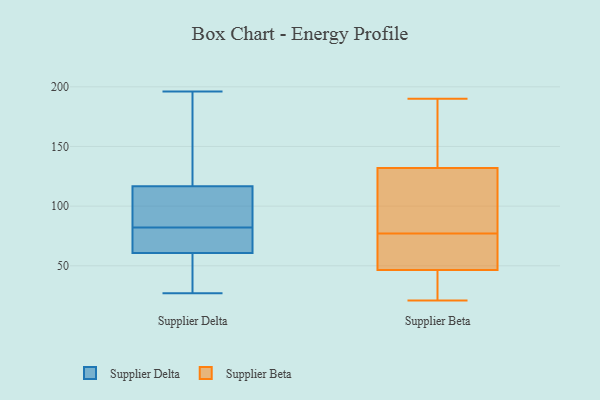
{"axis": {"x": "Active Users", "y": "Value"}, "legend": ["Supplier Beta", "Supplier Delta"], "data": [{"x": "", "y": 76, "type": "Supplier Delta"}, {"x": "", "y": 35, "type": "Supplier Delta"}, {"x": "", "y": 175, "type": "Supplier Delta"}, {"x": "", "y": 27, "type": "Supplier Delta"}, {"x": "", "y": 134, "type": "Supplier Delta"}, {"x": "", "y": 88, "type": "Supplier Delta"}, {"x": "", "y": 82, "type": "Supplier Delta"}, {"x": "", "y": 91, "type": "Supplier Delta"}, {"x": "", "y": 42, "type": "Supplier Delta"}, {"x": "", "y": 111, "type": "Supplier Delta"}, {"x": "", "y": 67, "type": "Supplier Delta"}, {"x": "", "y": 72, "type": "Supplier Delta"}, {"x": "", "y": 196, "type": "Supplier Delta"}, {"x": "", "y": 123, "type": "Supplier Beta"}, {"x": "", "y": 190, "type": "Supplier Beta"}, {"x": "", "y": 33, "type": "Supplier Beta"}, {"x": "", "y": 141, "type": "Supplier Beta"}, {"x": "", "y": 78, "type": "Supplier Beta"}, {"x": "", "y": 23, "type": "Supplier Beta"}, {"x": "", "y": 51, "type": "Supplier Beta"}, {"x": "", "y": 129, "type": "Supplier Beta"}, {"x": "", "y": 60, "type": "Supplier Beta"}, {"x": "", "y": 77, "type": "Supplier Beta"}, {"x": "", "y": 21, "type": "Supplier Beta"}, {"x": "", "y": 75, "type": "Supplier Beta"}, {"x": "", "y": 146, "type": "Supplier Beta"}, {"x": "", "y": 27, "type": "Supplier Beta"}, {"x": "", "y": 56, "type": "Supplier Beta"}, {"x": "", "y": 89, "type": "Supplier Beta"}, {"x": "", "y": 150, "type": "Supplier Beta"}]}